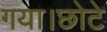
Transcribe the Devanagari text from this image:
गया।छोटे